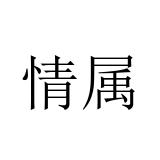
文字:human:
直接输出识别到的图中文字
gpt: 情属